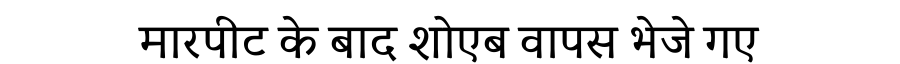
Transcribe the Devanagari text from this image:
मारपीट के बाद शोएब वापस भेजे गए